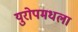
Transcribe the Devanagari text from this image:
युरोपमधला